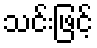
သင်းဖြင့်